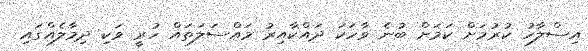
އިސްލާހު ކުރުމަށް ކަމަށް ބުނެ ވާހަކަ ދައްކާއިރު މައްސަލަތައް ހުރީ ވަކި ދިމާލެއްގައި